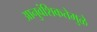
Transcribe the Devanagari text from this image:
आनुवंशिकतेमुळे